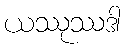
ယဿုဿဒါ